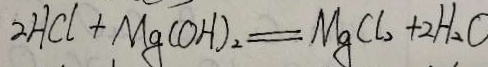
2 H C l + M g ( O H ) _ { 2 } = M g C l _ { 2 } + 2 H _ { 2 } O